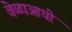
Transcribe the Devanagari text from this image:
वेळाआधी